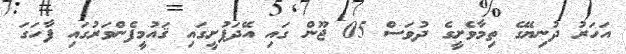
އަހަރު ދުނިޔޭގެ ތިމާވެށީގެ ދުވަސް 05 ޖޫން ގައި އޭދަފުށީގައި ޤައުމީފެންވަރުގައި ފާހަގަ